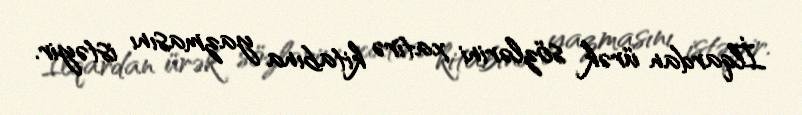
İlqardan ürək sözlərini xatirə kitabına yazmasını istəyir.